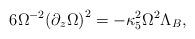
LaTeX: \begin{align*}6{\Omega^{-2}}{{({\partial_z}\Omega)}^2}=-{\kappa_5^2}{\Omega^2}{\Lambda_B},\end{align*}